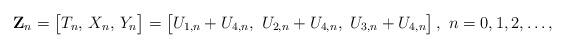
LaTeX: \begin{align*}{\bf Z}_n = \big[T_n,\,X_n,\,Y_n\big] = \big[U_{1,n} + U_{4,n},~ U_{2,n} + U_{4,n},~ U_{3,n}+U_{4,n}\big]\,,~n=0,1,2,\ldots,\end{align*}